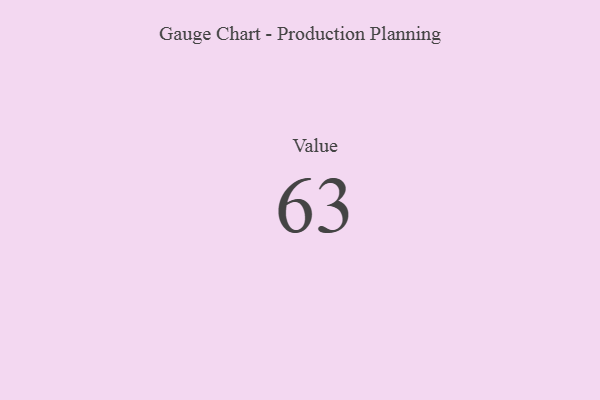
{"axis": {"x": "Metric", "y": "Value"}, "legend": [""], "data": [{"x": "Value", "y": 63, "type": ""}]}